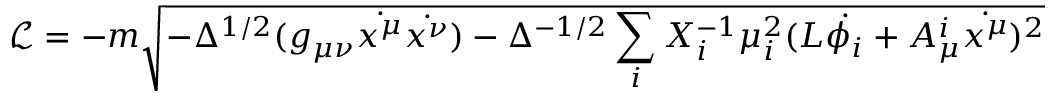
\mathcal { L } = - m \sqrt { - \Delta ^ { 1 / 2 } ( g _ { \mu \nu } \dot { x ^ { \mu } } \dot { x ^ { \nu } } ) - \Delta ^ { - 1 / 2 } \sum _ { i } X _ { i } ^ { - 1 } \mu _ { i } ^ { 2 } ( L \dot { \phi _ { i } } + A _ { \mu } ^ { i } \dot { x ^ { \mu } } ) ^ { 2 } }